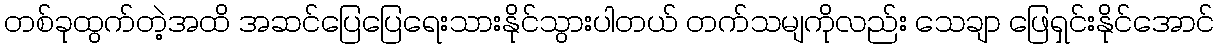
တစ်ခုထွက်တဲ့အထိ အဆင်ပြေပြေရေးသားနိုင်သွားပါတယ် တက်သမျကိုလည်း သေချာ ဖြေရှင်းနိုင်အောင်